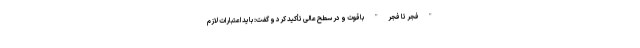
"فجر تا فجر" باقوت و در سطح عالی تأکید کرد و گفت: باید اعتبارات لازم